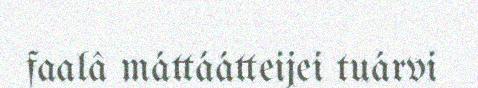
faalâ máttáátteijei tuárvi